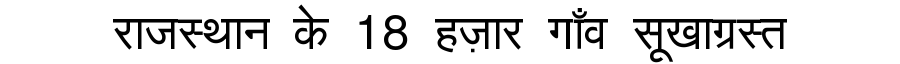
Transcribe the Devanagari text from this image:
राजस्थान के 18 हज़ार गाँव सूखाग्रस्त